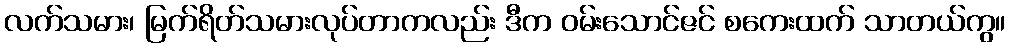
လက်သမား၊ မြက်ရိတ်သမားလုပ်တာကလည်း ဒီက ဝမ်းသောင်ဇင် စကေးထက် သာတယ်ကွ။